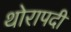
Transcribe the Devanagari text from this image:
थोरापदी